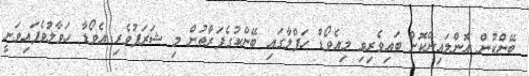
ބޭންކުން އޮންލައިންކޮށް ބައިވެރިވި މިއެވޯޑް ހަފްލާގައި ބޭންކުގެފަރާތުން މި ޝަރަފުވެރި އެވޯޑާ ހަވާލުވެފައިވަނީ